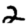
Digit: 2